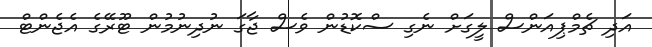
އަދި ޗެމްޕިއަންސް ލީގަށް ނެގި ސްކޮޑުން ވެސް ޖާގަ ނުދިނުމުން ޓޫރޭގެ އެޖެންޓް